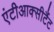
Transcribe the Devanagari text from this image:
एंटीआक्सीटैंट